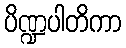
ပိဏ္ဍပါတိကာ